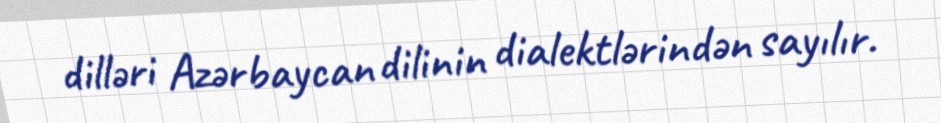
dilləri Azərbaycan dilinin dialektlərindən sayılır.